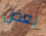
بعض